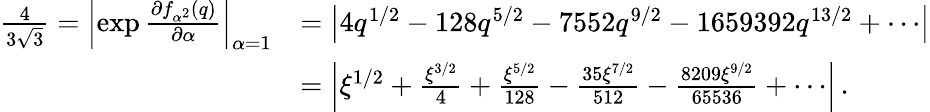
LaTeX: \begin{array}{rl}{{\frac{4}{3\sqrt{3}}}=\left|\exp{\frac{\partial f_{\alpha^{2}}(q)}{\partial\alpha}}\right|_{\alpha=1}}&{=\left|4q^{1/2}-128q^{5/2}-7552q^{9/2}-1659392q^{13/2}+\cdots\right|}\\ &{=\left|\xi^{1/2}+{\frac{\xi^{3/2}}{4}}+{\frac{\xi^{5/2}}{128}}-{\frac{35\xi^{7/2}}{512}}-{\frac{8209\xi^{9/2}}{65536}}+\cdots\right|\, .}\end{array}